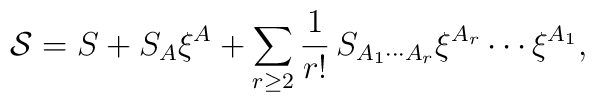
{\cal S} = S + S_A \xi^A + \sum_{r\geq 2}\frac 1{r!}\, S_{A_1\cdots A_r}\xi^{A_r}\cdots\xi^{A_1},